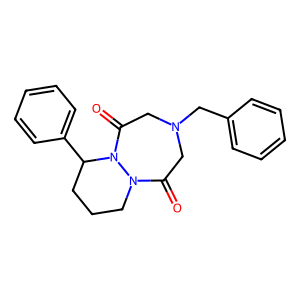
SMILES: O=C1CN(Cc2ccccc2)CC(=O)N2C(c3ccccc3)CCCN12
Inhibits HIV replication: No